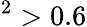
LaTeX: ^2>0.6